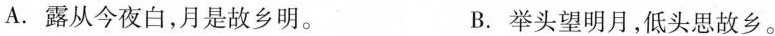
A. 露从今夜白，月是故乡明。 B. 举头望明月，低头思故乡。